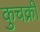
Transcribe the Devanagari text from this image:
कुचक्री